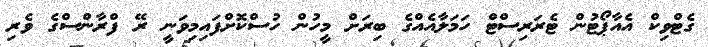
ގެޓްވިކް އެއާޕޯޓުން ޓެރަރިސްޓް ހަމަލާއެއްގެ ބިރަށް މީހުން ހުސްކޮށްފައިމިވަނީ ރޭ ފްރާންސްގެ ވެރި